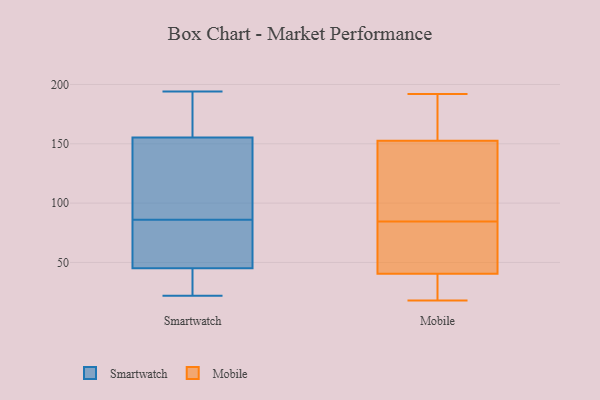
{"axis": {"x": "Headcount", "y": "Value"}, "legend": ["Mobile", "Smartwatch"], "data": [{"x": "", "y": 34, "type": "Smartwatch"}, {"x": "", "y": 86, "type": "Smartwatch"}, {"x": "", "y": 146, "type": "Smartwatch"}, {"x": "", "y": 128, "type": "Smartwatch"}, {"x": "", "y": 66, "type": "Smartwatch"}, {"x": "", "y": 158, "type": "Smartwatch"}, {"x": "", "y": 147, "type": "Smartwatch"}, {"x": "", "y": 170, "type": "Smartwatch"}, {"x": "", "y": 175, "type": "Smartwatch"}, {"x": "", "y": 194, "type": "Smartwatch"}, {"x": "", "y": 25, "type": "Smartwatch"}, {"x": "", "y": 57, "type": "Smartwatch"}, {"x": "", "y": 41, "type": "Smartwatch"}, {"x": "", "y": 22, "type": "Smartwatch"}, {"x": "", "y": 63, "type": "Smartwatch"}, {"x": "", "y": 31, "type": "Mobile"}, {"x": "", "y": 18, "type": "Mobile"}, {"x": "", "y": 144, "type": "Mobile"}, {"x": "", "y": 82, "type": "Mobile"}, {"x": "", "y": 37, "type": "Mobile"}, {"x": "", "y": 161, "type": "Mobile"}, {"x": "", "y": 30, "type": "Mobile"}, {"x": "", "y": 170, "type": "Mobile"}, {"x": "", "y": 87, "type": "Mobile"}, {"x": "", "y": 80, "type": "Mobile"}, {"x": "", "y": 141, "type": "Mobile"}, {"x": "", "y": 192, "type": "Mobile"}, {"x": "", "y": 187, "type": "Mobile"}, {"x": "", "y": 44, "type": "Mobile"}, {"x": "", "y": 75, "type": "Mobile"}, {"x": "", "y": 99, "type": "Mobile"}]}